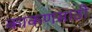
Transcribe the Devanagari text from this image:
काकणसाठी